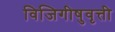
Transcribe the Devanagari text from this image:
विजिगीषुवृत्ती